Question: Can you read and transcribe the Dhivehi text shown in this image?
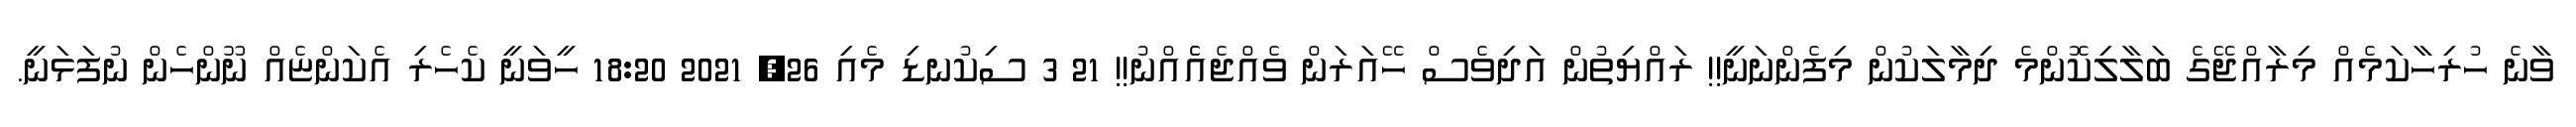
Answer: ވާނެ ހުރިހާކަމެއް މިރާއްޖޭގެ ބަލާލިކޮންމެ ދިމާލަކުން މިފެންނަނީ!! ރައްޔިތުން އަދިވެސް ހޭއަރަން ވެއްޖެއެެއްނު!! 21 3 ސިކުނޑި މެއި 26, 2021 18:20 ހީވަނީ ކެހެރި އެކަންޏެއް ނޫންހެން ނުފަޅަނީ.